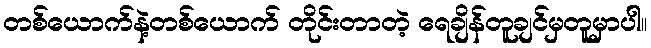
တစ်ယောက်နဲ့တစ်ယောက် တိုင်းတာတဲ့ ရေချိန်တူချင်မှတူမှာပါ။